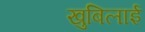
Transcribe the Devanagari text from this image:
खुबिलाई